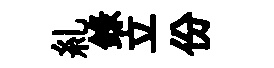
糺錄立份